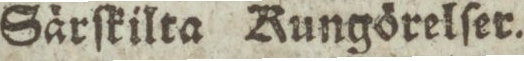
Särſkilta Kungörelſer.